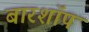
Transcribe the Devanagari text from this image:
बारशॉप